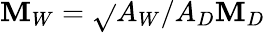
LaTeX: \mathbf{M}_{W}=\sqrt{}{{A_{W}/A_{D}}}\mathbf{M}_{D}